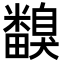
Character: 𥽙